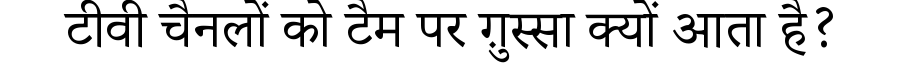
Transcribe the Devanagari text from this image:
टीवी चैनलों को टैम पर ग़ुस्सा क्यों आता है?